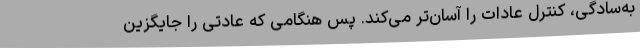
به‌سادگی، کنترل عادات را آسان‌تر می‌کند. پس هنگامی که عادتی را جایگزین